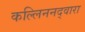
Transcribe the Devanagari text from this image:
कल्लिननद्वारा